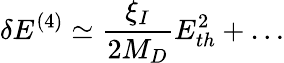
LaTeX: \delta E^{(4)}\simeq\frac{\xi_{I}}{2M_{D}}E_{th}^{2}+\dots